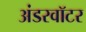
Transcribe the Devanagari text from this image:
अंडरवॉटर